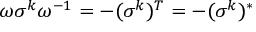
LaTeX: \omega \sigma ^ { k } \omega ^ { - 1 } = - ( \sigma ^ { k } ) ^ { T } = - ( \sigma ^ { k } ) ^ { * }